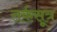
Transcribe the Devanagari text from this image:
तर्कसूत्र